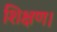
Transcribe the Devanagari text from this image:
शिक्षण।